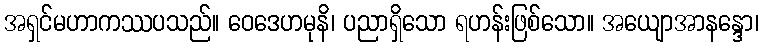
အရှင်မဟာကဿပသည်။ ဝေဒေဟမုနိ၊ ပညာရှိသော ရဟန်းဖြစ်သော။ အယျောအာနန္ဒော၊